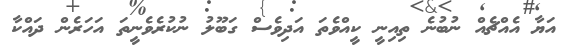
އަޔާ އެއްޗެއް ނުބުނެ ތިއިނީ ކީއްވެތަ އަދިވެސް ގަބޫލު ނުކުރެވެނީތަ އަހަރެން ދައްކާ